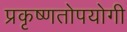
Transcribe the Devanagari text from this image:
प्रकृष्णतोपयोगी